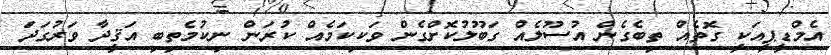
އެމްޑީޕީއަކީ ގޮތެއް ތިބެގެން އުސޫލެއް ގަބޫލުކޮށްގެން ވަކިކަމެއް ކުރަން ނިކުމެތިބި އަޤީދާ ވަރުގަދަ